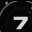
Digit: 7